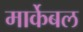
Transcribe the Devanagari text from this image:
मार्केबल